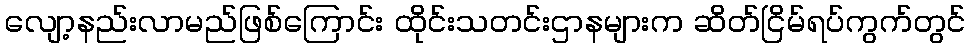
လျော့နည်းလာမည်ဖြစ်ကြောင်း ထိုင်းသတင်းဌာနများက ဆိတ်ငြိမ်ရပ်ကွက်တွင်